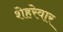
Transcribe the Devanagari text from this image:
शेहरेवार